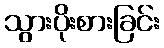
သွားပိုးစားခြင်း